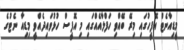
މީޑިއާނެޓް އޮފީހުގައި މިރޭ ބޭއްވި ހަފްލާއެއްގައި މި އޮފީސް ހުޅުވައިދެއްވީ މިޑިއާ ނެޓުގެ